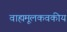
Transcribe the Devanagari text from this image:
वाह्यमूलकवकीय